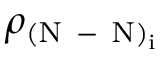
\rho _ { \mathrm { ( N \mathrm { ~ - ~ } N ) _ { i } } }